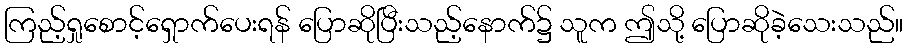
ကြည့်ရှုစောင့်ရှောက်ပေးရန် ပြောဆိုပြီးသည့်နောက်၌ သူက ဤသို့ ပြောဆိုခဲ့သေးသည်။